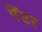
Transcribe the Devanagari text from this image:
पेँटर